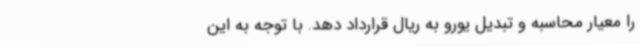
را معیار محاسبه و تبدیل یورو به ریال قرارداد دهد. با توجه به این